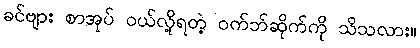
ခင်ဗျား စာအုပ် ဝယ်လို့ရတဲ့ ဝက်ဘ်ဆိုက်ကို သိသလား။